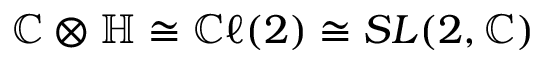
\mathbb { C } \otimes \mathbb { H } \cong \mathbb { C } \ell ( 2 ) \cong S L ( 2 , \mathbb { C } )